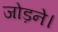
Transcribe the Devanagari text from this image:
जोड़ने।